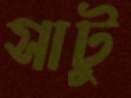
সাটু